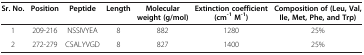
<table><thead><tr><td><b>Sr. No.</b></td><td><b>Position</b></td><td><b>Peptide</b></td><td><b>Length</b></td><td><b>Molecular weight (g/mol)</b></td><td><b>Extinction coefficient (cm<sup>-1 </sup>M<sup>-1</sup>)</b></td><td><b>Composition of (Leu, Val, Ile, Met, Phe, and Trp)</b></td></tr></thead><tbody><tr><td>1</td><td>209-216</td><td>NSSIVYEA</td><td>8</td><td>882</td><td>1280</td><td>25%</td></tr><tr><td>2</td><td>272-279</td><td>CSALYVGD</td><td>8</td><td>827</td><td>1400</td><td>25%</td></tr></tbody></table>